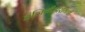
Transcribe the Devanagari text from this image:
इंजिनीअरींगची